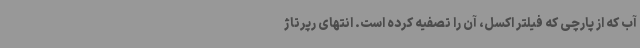
آب که از پارچی که فیلتر اکسل، آن را تصفیه‌ کرده است. انتهای رپرتاژ